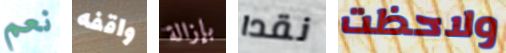
نعم واقفه بإزالة نقدا ولاحظت